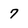
Character: 7